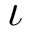
\iota